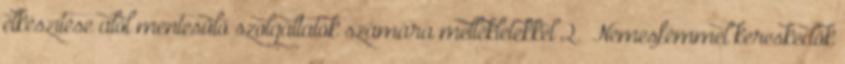
elkészítése alól mentesülő szolgáltatók számára mellékletekkel 2. Nemesfémmel kereskedők